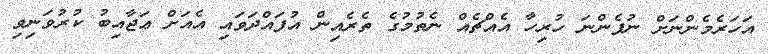
އަހަރެމެންނަށް ނުފެންނަ ހުރިހާ އެއްޗެއް ނެތުމުގެ ތެރެއިން އުފައްދަވައި އެއަށް ޢަޖާއިބު ކުރުވަނިވި